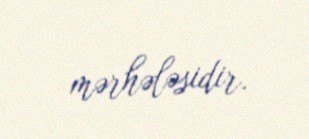
mərhələsidir.